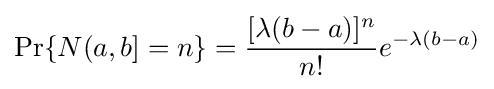
\Pr\{N(a,b]=n\}={\frac {[\lambda (b-a)]^{n}}{n!}}e^{-\lambda (b-a)}